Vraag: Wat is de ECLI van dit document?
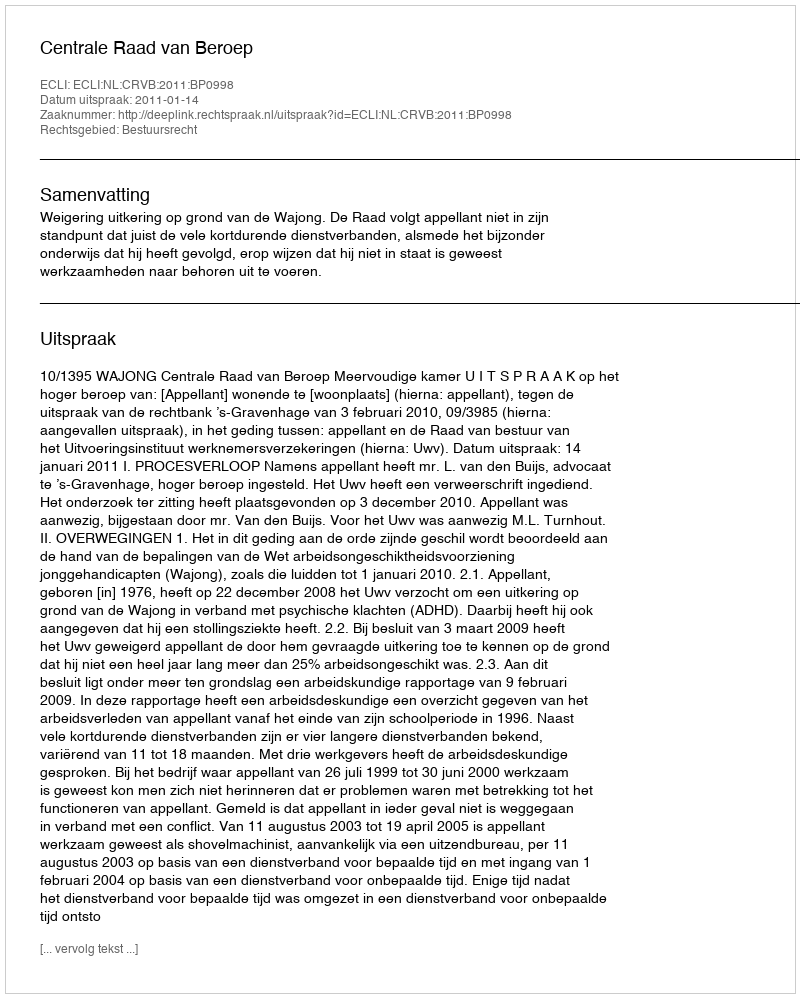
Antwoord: ECLI:NL:CRVB:2011:BP0998